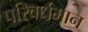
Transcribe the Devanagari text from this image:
परिवर्धमान